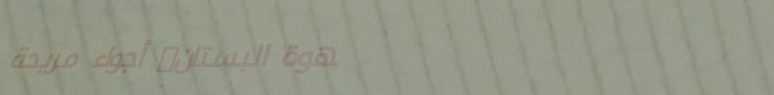
قهوة البستان: أجواء مريحة